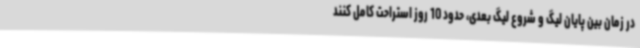
در زمان بین پایان لیگ و شروع لیگ بعدی، حدود 10 روز استراحت کامل کنند